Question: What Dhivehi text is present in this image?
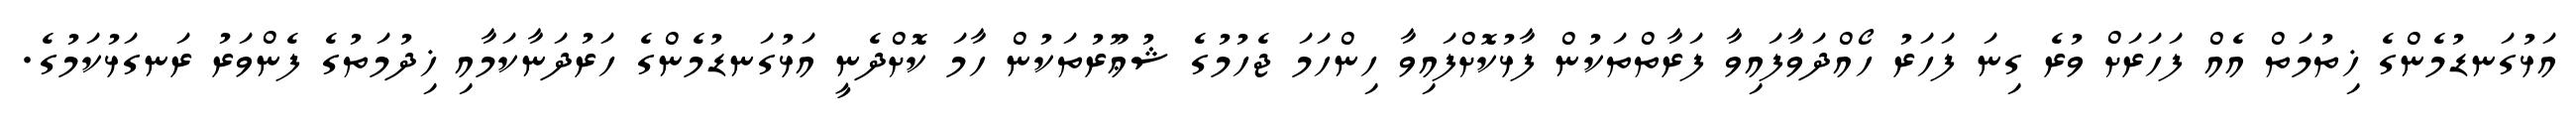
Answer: އަޅުގަނޑުމެންގެ ޚިތުމަތް އެއް ފަހަރަށް ވުރެ ގިނަ ފަހަރު ހޯއްދަވާފައިވާ ފަރާތްތަކުން ފާޅުކޮށްފައިވާ ހިންހަމަ ޖެހުމުގެ ޝުޢޫރުތަކުން ހާމަ ކޮށްދެނީ އަޅުގަނޑުމެންގެ ހަރުދަނާކަމާއި ޚިދުމަތުގެ ފެންވަރު ރަނގަޅުކަމުގެ.